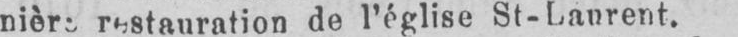
restauration de l’église St-Laurent.